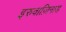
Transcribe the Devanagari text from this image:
इरुवाज़िनाड